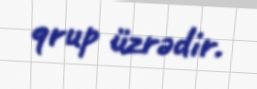
qrup üzrədir.